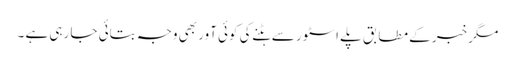
مگر خبر کے مطابق پلے اسٹور سے ہٹنے کی کوئی آور بھی وجہ بتائی جا رہی ہے ۔